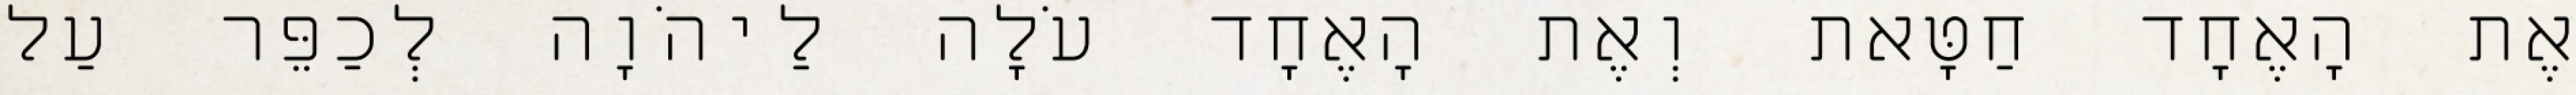
אֶת הָאֶחָד חַטָּאת וְאֶת הָאֶחָד עֹלָה לַיהֹוָה לְכַפֵּר עַל